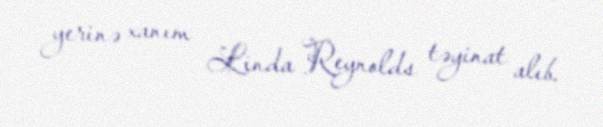
yerinə xanım Linda Reynolds təyinat alıb.